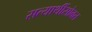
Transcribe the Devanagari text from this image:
सत्यार्थीसोबत